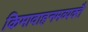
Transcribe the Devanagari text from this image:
किमावाहनमव्यक्तै